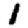
Digit: 1